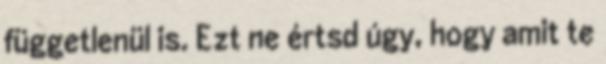
függetlenül is. Ezt ne értsd úgy, hogy amit te